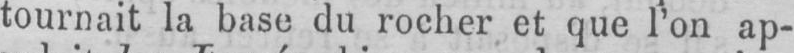
tournait la base du rocher et que l’on ap-